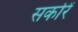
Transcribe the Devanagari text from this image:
सर्कारें